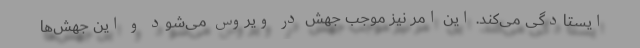
ایستادگی می‌کند. این امر نیز موجب جهش در ویروس می‌شود و این جهش‌ها